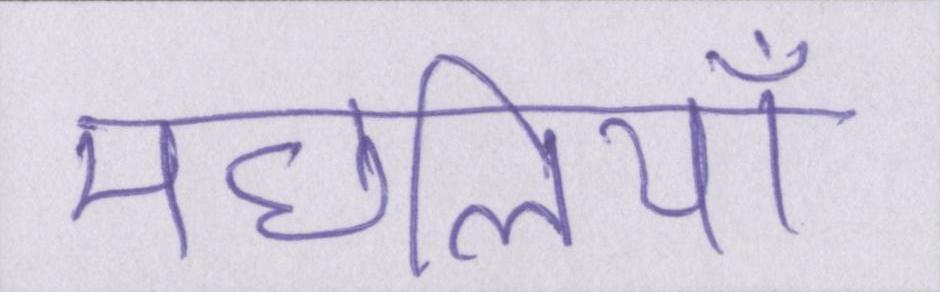
मछलियाँ